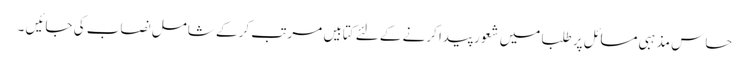
حساس مذہبی مسائل پر طلبا میں شعور پیدا کرنے کے لئے کتابیں مرتب کر کے شامل نصاب کی جائیں ۔